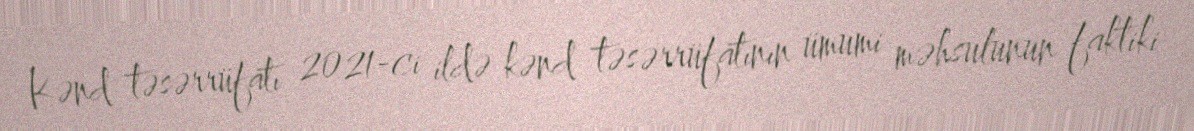
Kənd təsərrüfatı 2021-ci ildə kənd təsərrüfatının ümumi məhsulunun faktiki